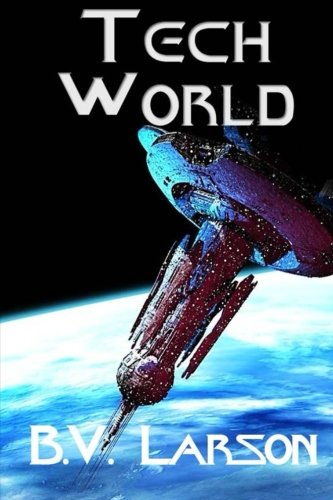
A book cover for Tech World (Undying Mercenaries Series) (Volume 3); B. V. Larson; Science Fiction & Fantasy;